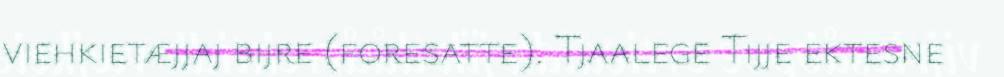
viehkietæjjaj bijre (foresatte). Tjaalege Tijje ektesne